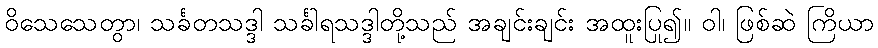
ဝိသေသေတွာ၊ သင်္ခတသဒ္ဒါ သင်္ခါရသဒ္ဒါတို့သည် အချင်းချင်း အထူးပြု၍။ ဝါ၊ ဖြစ်ဆဲ ကြိယာ